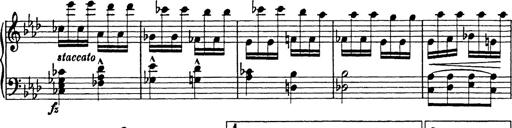
Title: 8 Variations
Composer: Franz Liszt
Key: A-flat major